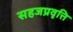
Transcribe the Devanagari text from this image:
सहजप्रवृत्ति